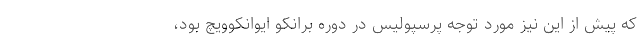
که پیش از این نیز مورد توجه پرسپولیس در‌ دوره برانکو ایوانکوویچ بود،